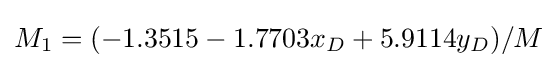
M_{1}=(-1.3515-1.7703x_{D}+5.9114y_{D})/M